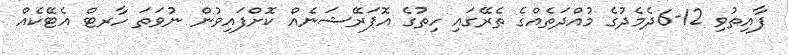
ފާއިތުވި 12-6ދެމެދުގެ މުއްދަތެއްގެ ތެރޭގައި ހިތުގެ އޮޕަރޭޝަނެއް ކޮށްފައިވުން ނުވަތަ ހާރޓް އެޓޭކެއް